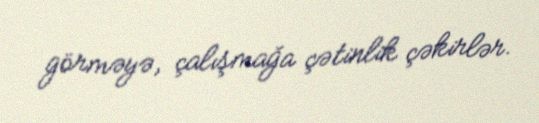
görməyə, çalışmağa çətinlik çəkirlər.